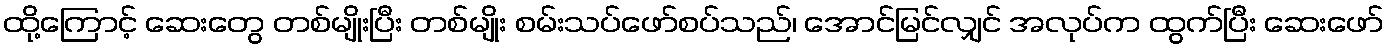
ထို့ကြောင့် ဆေးတွေ တစ်မျိုးပြီး တစ်မျိုး စမ်းသပ်ဖော်စပ်သည်၊ အောင်မြင်လျှင် အလုပ်က ထွက်ပြီး ဆေးဖော်